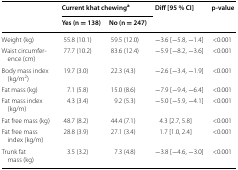
<table><thead><tr><td rowspan="2"></td><td colspan="2"><b>Current khat chewing<sup>a</sup></b></td><td rowspan="2"><b>Diff [95 % CI]</b></td><td rowspan="2"><b>p-value</b></td></tr><tr><td><b>Yes (n = 138)</b></td><td><b>No (n = 247)</b></td></tr></thead><tbody><tr><td>Weight (kg)</td><td>55.8 (10.1)</td><td>59.5 (12.0)</td><td>−3.6 [−5.8, −1.4]</td><td>&lt;0.001</td></tr><tr><td>Waist circumference (cm)</td><td>77.7 (10.2)</td><td>83.6 (12.4)</td><td>−5.9 [−8.2, −3.6]</td><td>&lt;0.001</td></tr><tr><td>Body mass index (kg/m<sup>2</sup>)</td><td>19.7 (3.0)</td><td>22.3 (4.3)</td><td>−2.6 [−3.4, −1.9]</td><td>&lt;0.001</td></tr><tr><td>Fat mass (kg)</td><td>7.1 (5.8)</td><td>15.0 (8.6)</td><td>−7.9 [−9.4, −6.4]</td><td>&lt;0.001</td></tr><tr><td>Fat mass index (kg/m)</td><td>4.3 (3.4)</td><td>9.2 (5.3)</td><td>−5.0 [−5.9, −4.1]</td><td>&lt;0.001</td></tr><tr><td>Fat free mass (kg)</td><td>48.7 (8.2)</td><td>44.4 (7.1)</td><td>4.3 [2.7, 5.8]</td><td>&lt;0.001</td></tr><tr><td>Fat free mass index (kg/m)</td><td>28.8 (3.9)</td><td>27.1 (3.4)</td><td>1.7 [1.0, 2.4]</td><td>&lt;0.001</td></tr><tr><td>Trunk fat mass (kg)</td><td>3.5 (3.2)</td><td>7.3 (4.8)</td><td>−3.8 [−4.6, −3.0]</td><td>&lt;0.001</td></tr></tbody></table>